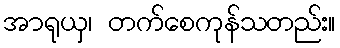
အာရုယှ၊ တက်စေကုန်သတည်း။